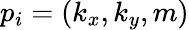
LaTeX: p_{i}=(k_{x},k_{y},m)